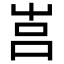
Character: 𡴗